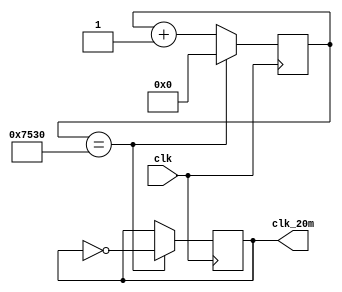
module prescaler_20m(
	input clk,
	output reg clk_20m
	);

	reg [28:0] re;
	initial re <= 0;
	initial clk_20m = 0;

	always@( posedge clk )
	begin
		
	    if( re == 30000 ) 
	    begin
	        re <= 0;
	        clk_20m <= ~ clk_20m;
	    end
	    else re <= re + 29'd1;
	end 
endmodule